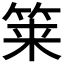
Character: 𮵱